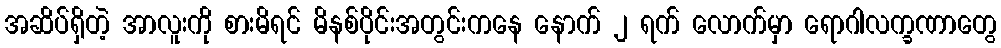
အဆိပ်ရှိတဲ့ အာလူးကို စားမိရင် မိနစ်ပိုင်းအတွင်းကနေ နောက် ၂ ရက် လောက်မှာ ရောဂါလက္ခဏာတွေ